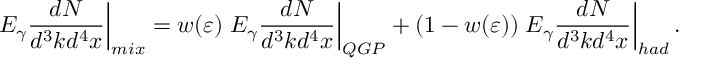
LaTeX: \left. E _ { \gamma } \frac { d N } { d ^ { 3 } k d ^ { 4 } x } \right| _ { m i x } = w ( \varepsilon ) \left. E _ { \gamma } \frac { d N } { d ^ { 3 } k d ^ { 4 } x } \right| _ { Q G P } + ( 1 - w ( \varepsilon ) ) \left. E _ { \gamma } \frac { d N } { d ^ { 3 } k d ^ { 4 } x } \right| _ { h a d } .